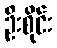
ဦးစိုင်း